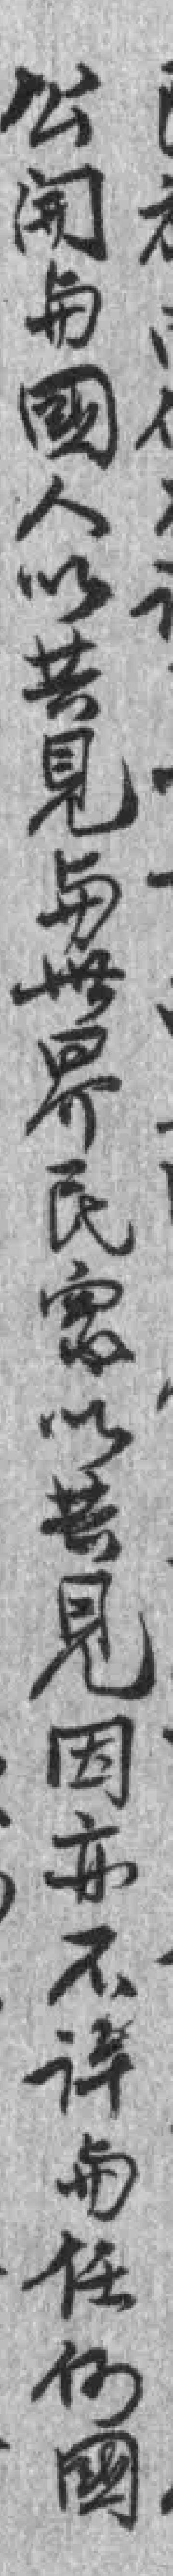
公𫔭与國人以共見与世界民衆以共見因亦不许与任何國